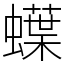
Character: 蠂